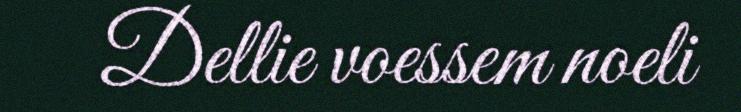
Dellie voessem noeli